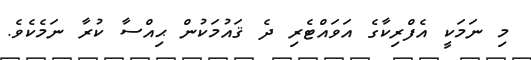
މި ނަމަކީ އެފްރިކާގެ އަވައްޓެރި ދެ ޤައުމަކުން ޙިއްސާ ކުރާ ނަމެކެވެ.